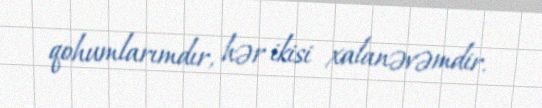
qohumlarımdır, hər ikisi xalanəvəmdir.